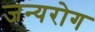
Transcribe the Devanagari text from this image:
जन्‍यरोग